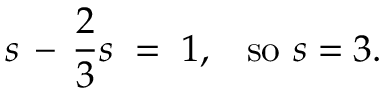
s \, - \, { \frac { 2 } { 3 } } s \; = \; 1 , \; \; \; { \mathrm { s o ~ } } s = 3 .